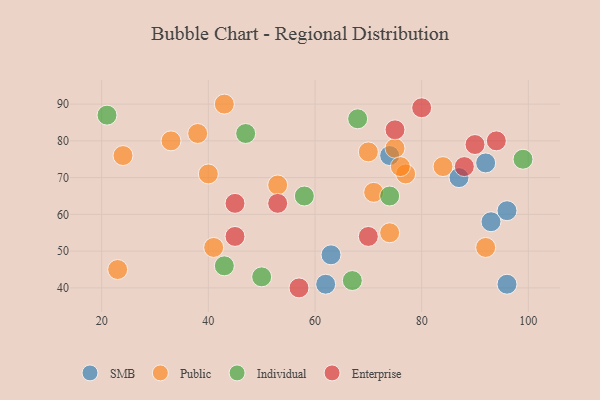
{"axis": {"x": "GDP", "y": "Life Expectancy"}, "legend": ["Enterprise", "Individual", "Public", "SMB"], "data": [{"x": "93", "y": 58, "type": "SMB"}, {"x": "74", "y": 76, "type": "SMB"}, {"x": "96", "y": 61, "type": "SMB"}, {"x": "63", "y": 49, "type": "SMB"}, {"x": "92", "y": 74, "type": "SMB"}, {"x": "87", "y": 70, "type": "SMB"}, {"x": "96", "y": 41, "type": "SMB"}, {"x": "62", "y": 41, "type": "SMB"}, {"x": "77", "y": 71, "type": "Public"}, {"x": "33", "y": 80, "type": "Public"}, {"x": "75", "y": 78, "type": "Public"}, {"x": "53", "y": 68, "type": "Public"}, {"x": "70", "y": 77, "type": "Public"}, {"x": "74", "y": 55, "type": "Public"}, {"x": "23", "y": 45, "type": "Public"}, {"x": "84", "y": 73, "type": "Public"}, {"x": "71", "y": 66, "type": "Public"}, {"x": "76", "y": 73, "type": "Public"}, {"x": "40", "y": 71, "type": "Public"}, {"x": "24", "y": 76, "type": "Public"}, {"x": "38", "y": 82, "type": "Public"}, {"x": "41", "y": 51, "type": "Public"}, {"x": "43", "y": 90, "type": "Public"}, {"x": "92", "y": 51, "type": "Public"}, {"x": "58", "y": 65, "type": "Individual"}, {"x": "99", "y": 75, "type": "Individual"}, {"x": "47", "y": 82, "type": "Individual"}, {"x": "74", "y": 65, "type": "Individual"}, {"x": "67", "y": 42, "type": "Individual"}, {"x": "21", "y": 87, "type": "Individual"}, {"x": "43", "y": 46, "type": "Individual"}, {"x": "50", "y": 43, "type": "Individual"}, {"x": "68", "y": 86, "type": "Individual"}, {"x": "75", "y": 83, "type": "Enterprise"}, {"x": "57", "y": 40, "type": "Enterprise"}, {"x": "45", "y": 54, "type": "Enterprise"}, {"x": "45", "y": 63, "type": "Enterprise"}, {"x": "80", "y": 89, "type": "Enterprise"}, {"x": "90", "y": 79, "type": "Enterprise"}, {"x": "88", "y": 73, "type": "Enterprise"}, {"x": "53", "y": 63, "type": "Enterprise"}, {"x": "70", "y": 54, "type": "Enterprise"}, {"x": "94", "y": 80, "type": "Enterprise"}]}